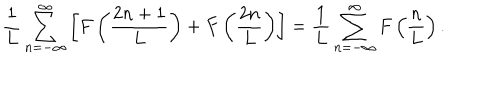
\frac { 1 } { L } \sum _ { n = - \infty } ^ { \infty } \left[ F \left( \frac { 2 n + 1 } { L } \right) + F \left( \frac { 2 n } { L } \right) \right] = \frac { 1 } { L } \sum _ { n = - \infty } ^ { \infty } F \left( \frac { n } { L } \right) .